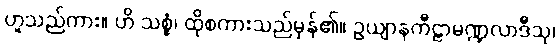
ဟူသည်ကား။ ဟိ သစ္စံ၊ ထိုစကားသည်မှန်၏။ ဥယျာနကီဠာမဏ္ဍလာဒီသု၊